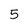
Character: 5